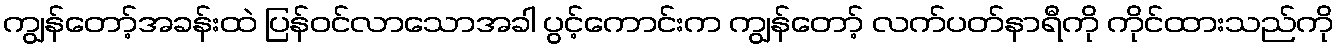
ကျွန်တော့်အခန်းထဲ ပြန်ဝင်လာသောအခါ ပွင့်ကောင်းက ကျွန်တော့် လက်ပတ်နာရီကို ကိုင်ထားသည်ကို